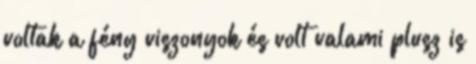
voltak a fény viszonyok és volt valami plusz is